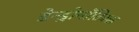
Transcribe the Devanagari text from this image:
डेन्ड्रोनॉटिक्स